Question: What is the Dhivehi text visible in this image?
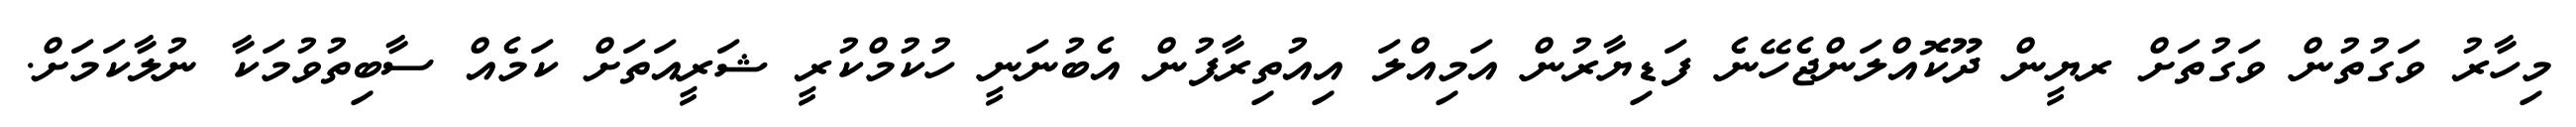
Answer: މިހާރު ވަގުތުން ވަގުތަށް ރޔީން ދޫކޮއްލަންޖެހޭނެ ފަޑިޔާރުން އަމިއްލަ އިއުތިރާފުން އެބުނަނީ ހުކުމްކުރީ ޝަރީއަތަށް ކަމެއް ސާބިތުވުމަކާ ނުލާކަމަށް.